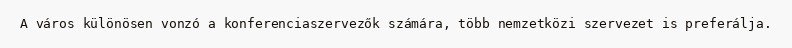
A város különösen vonzó a konferenciaszervezők számára, több nemzetközi szervezet is preferálja.